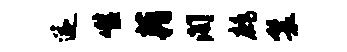
遂噬藉阁鹧鬟